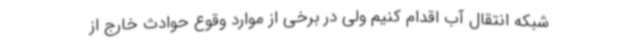
شبکه انتقال آب اقدام کنیم ولی در برخی از موارد وقوع حوادث خارج از